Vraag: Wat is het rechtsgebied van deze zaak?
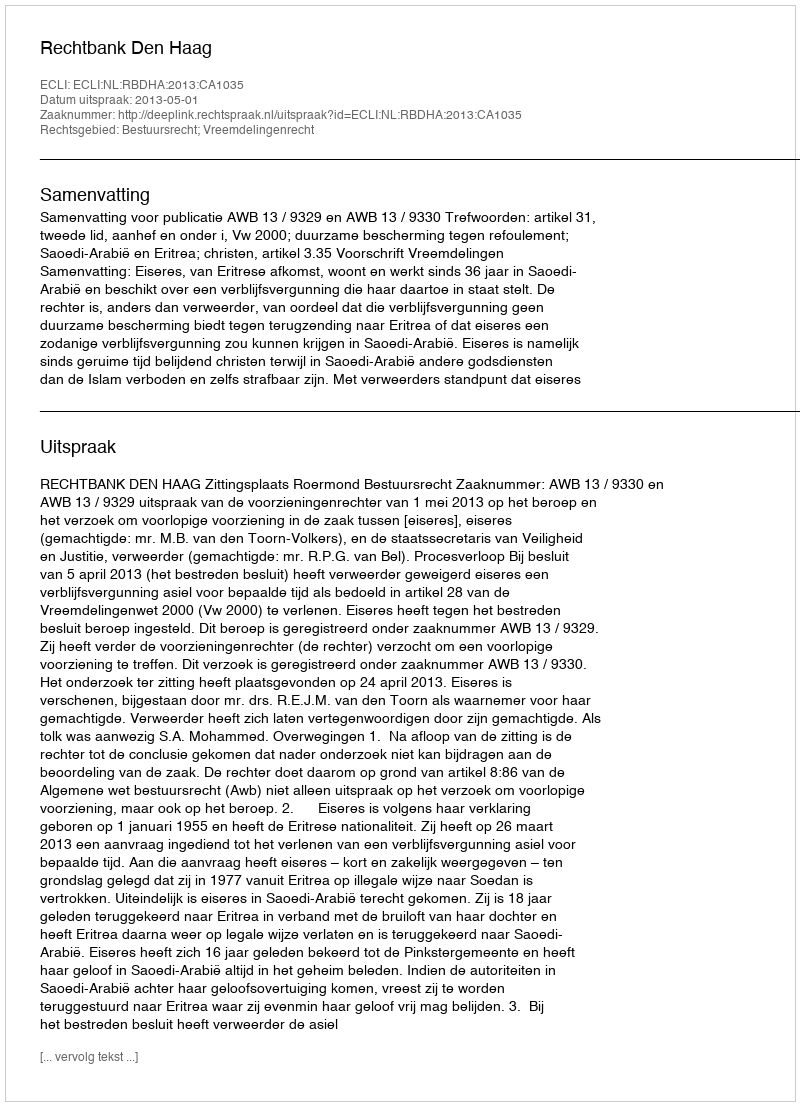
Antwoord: Bestuursrecht; Vreemdelingenrecht